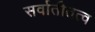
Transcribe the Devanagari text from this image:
सर्वातीतत्व